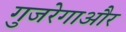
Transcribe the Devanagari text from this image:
गुजरेगाऔर